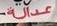
عدالة